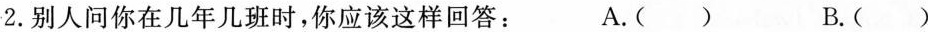
2.别人问你在几年几班时，你应该这样回答： A.( ) B.( )